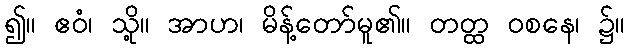
၍။ ဧဝံ၊ သို့။ အာဟ၊ မိန့်တော်မူ၏။ တတ္ထ ဝစနေ၊ ၌။